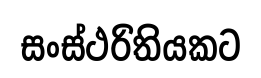
සංස්ථරිතියකට